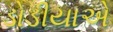
ડોડીયાએ